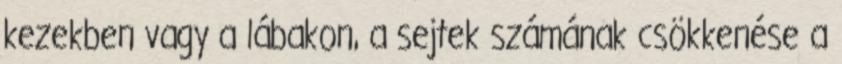
kezekben vagy a lábakon, a sejtek számának csökkenése a